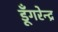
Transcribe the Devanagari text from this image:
डूँगरेन्द्र